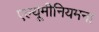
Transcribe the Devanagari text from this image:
एल्यूमीनियमना